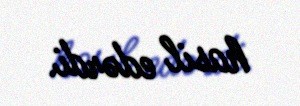
hasil edərdi.